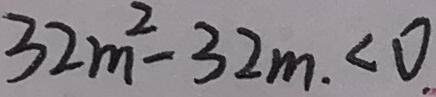
3 2 m ^ { 2 } - 3 2 m . < 0 .